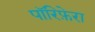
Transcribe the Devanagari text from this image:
पॉरिफ़ेरा